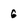
Character: 6